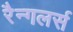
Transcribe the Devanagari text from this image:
रैन्गलर्स